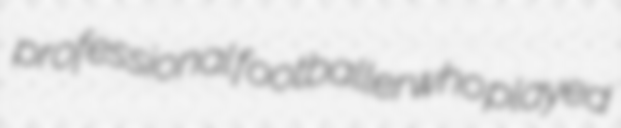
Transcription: professional footballer who played